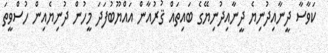
ކަވާސާ ދީނާއިދުނިޔެ ދީނާއިދުނިޔޭގެ ބައިތައް ޤުރުއާން އައްޔޫބުފަދަ މީހުން ދުނިޔެއިން ހުސްވީތަ